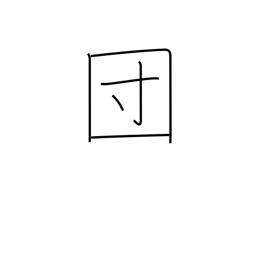
Meaning: association